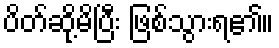
ပိတ်ဆို့မိပြီး ဖြစ်သွားရ၏။